画像に写った文字を読んでください
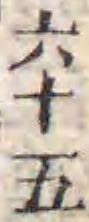
「六十五」と書いてあります